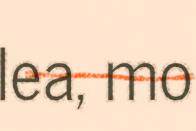
lea, mo